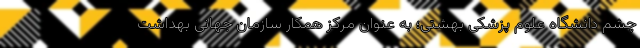
چشم دانشگاه علوم پزشکی بهشتی؛ به عنوان مرکز همکار سازمان جهانی بهداشت